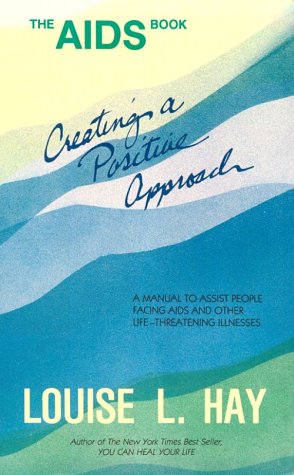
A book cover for The AIDS Book: Creating A Positive Approach; Louise Hay; Health, Fitness & Dieting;